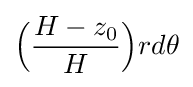
{\Big (}{H-z_{0} \over H}{\Big )}rd\theta